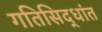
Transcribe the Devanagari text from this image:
गतिसिद्धांत